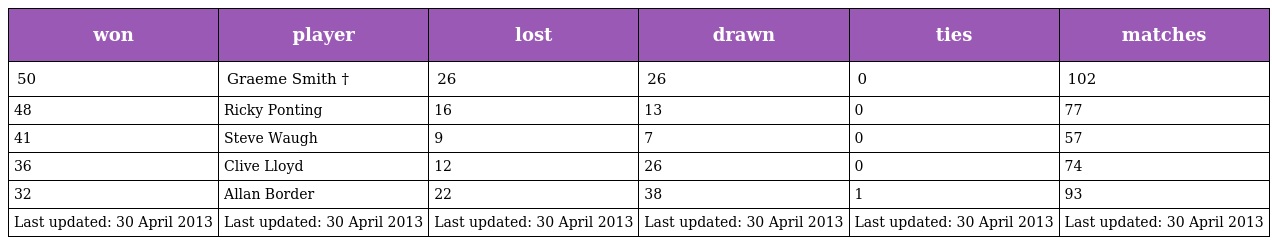
| won | player | lost | drawn | ties | matches |
 | --- | --- | --- | --- | --- | --- |
 | 50 | Graeme Smith † | 26 | 26 | 0 | 102 |
 | 48 | Ricky Ponting | 16 | 13 | 0 | 77 |
 | 41 | Steve Waugh | 9 | 7 | 0 | 57 |
 | 36 | Clive Lloyd | 12 | 26 | 0 | 74 |
 | 32 | Allan Border | 22 | 38 | 1 | 93 |
 | Last updated: 30 April 2013 | Last updated: 30 April 2013 | Last updated: 30 April 2013 | Last updated: 30 April 2013 | Last updated: 30 April 2013 | Last updated: 30 April 2013 |